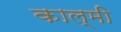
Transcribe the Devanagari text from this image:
काल्मी